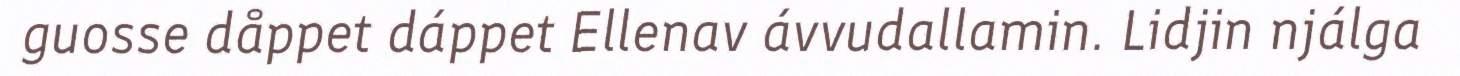
guosse dåppet dáppet Ellenav ávvudallamin. Lidjin njálga